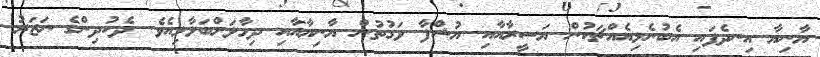
ޔާނިޔާ އިނދެފައި އެބުނެލިއެއްޗަކުން ޔަސީރާއާއި ޔުޝްފާ ވަގުތުން ޔާނިޔާއާއި ދިމާލަށްބަލާލިއެވެ. ދެކުދިންގެ ނަޒަރު